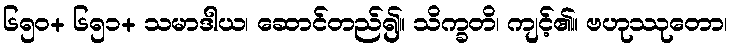
၆၅၀+ ၆၅၁+ သမာဒါယ၊ ဆောင်တည်၍။ သိက္ခတိ၊ ကျင့်၏။ ဗဟုဿုတော၊